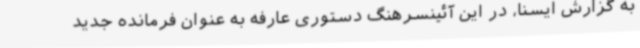
به گزارش ایسنا، در این آئینسرهنگ دستوری عارفه به عنوان فرمانده جدید